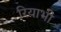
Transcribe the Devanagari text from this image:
रियाभी